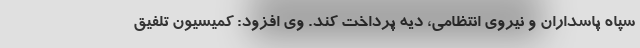
سپاه پاسداران و نیروی انتظامی، دیه پرداخت کند. وی افزود: کمیسیون تلفیق